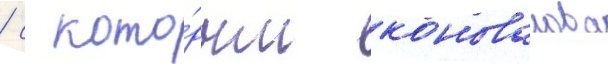
/ с кото́рым коновалова